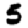
Digit: 5